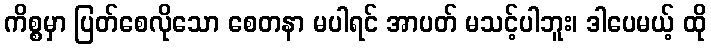
ကိစ္စမှာ ပြတ်စေလိုသော စေတနာ မပါရင် အာပတ် မသင့်ပါဘူး၊ ဒါပေမယ့် ထို